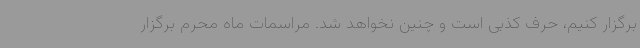
برگزار کنیم، حرف کذبی است و چنین نخواهد شد. مراسمات ماه محرم برگزار